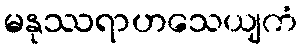
မနုဿရာဟသေယျကံ